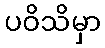
ပဝိသိမှာ